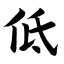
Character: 低